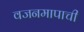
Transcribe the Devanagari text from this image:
वजनमापाची